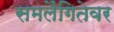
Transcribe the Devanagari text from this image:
समलैंगितेवर